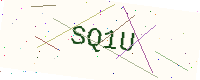
Text: SQ1U